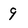
Character: 9